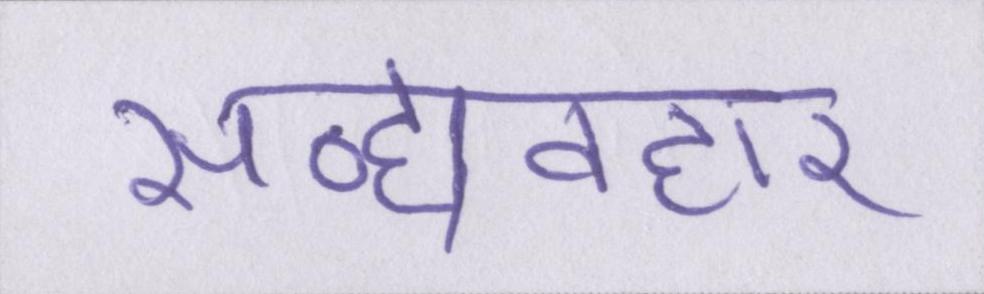
सद्व्यवहार